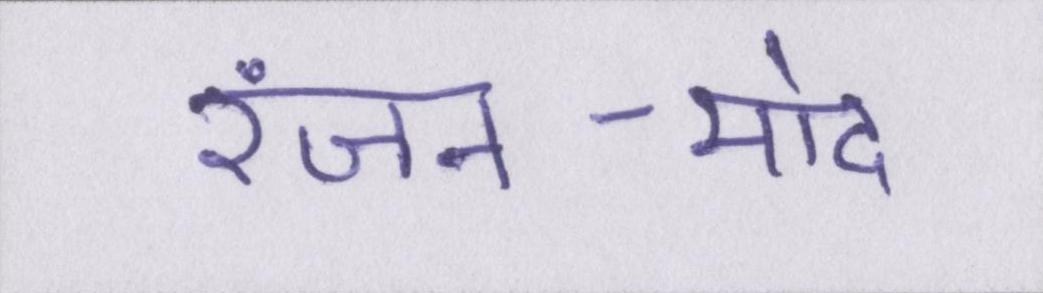
रंजन-मोद